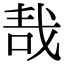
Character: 𠳆